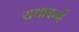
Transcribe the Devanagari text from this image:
यथाकर्म